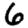
Digit: 6